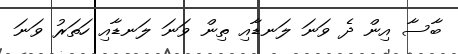
ބާސާ އިން ދެ ވަނަ ލަނޑާއި ތިން ވަނަ ލަނޑާއި ހަތަރު ވަނަ